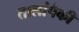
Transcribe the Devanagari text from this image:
तालांपैकी